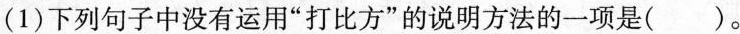
(1)下列句子中没有运用”打比方”的说明方法的一项是()。